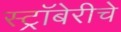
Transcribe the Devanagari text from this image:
स्ट्रॉबेरीचे